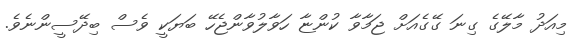
މިއަދު މާލޭގެ ގިނަ ގޭގެއަށް ޖަމާވާ ކުންޏާ ހަވާލުވާންޖެހޭ ބަޔަކީ ވެސް ބިދޭސީންނެވެ.